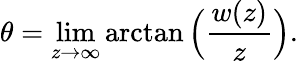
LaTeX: \theta=\operatorname*{lim}_{z\rightarrow\infty}\arctan{\Big(}{\frac{w(z)}{z}}{\Big)}.